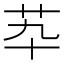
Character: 𦬡